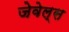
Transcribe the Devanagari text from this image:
जेवेल्स